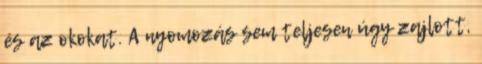
és az okokat. A nyomozás sem teljesen úgy zajlott,